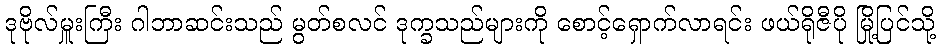
ဒုဗိုလ်မှူးကြီး ဂါဘာဆင်းသည် မွတ်စလင် ဒုက္ခသည်များကို စောင့်ရှောက်လာရင်း ဖယ်ရိုဇီပို မြို့ပြင်သို့